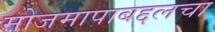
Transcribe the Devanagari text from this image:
मोजमापाबद्दलचा